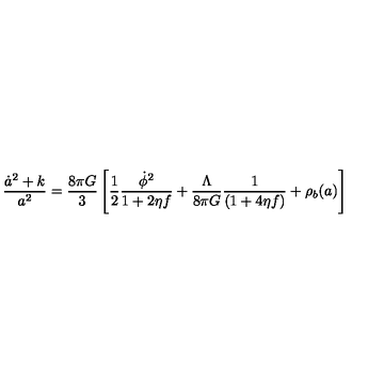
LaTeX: \frac { \dot { a } ^ { 2 } + k } { a ^ { 2 } } = \frac { 8 \pi G } { 3 } \left[ \frac { 1 } { 2 } \frac { \dot { \phi } ^ { 2 } } { 1 + 2 \eta f } + \frac { \Lambda } { 8 \pi G } \frac { 1 } { ( 1 + 4 \eta f ) } + { \rho _ { b } ( a ) } \right]